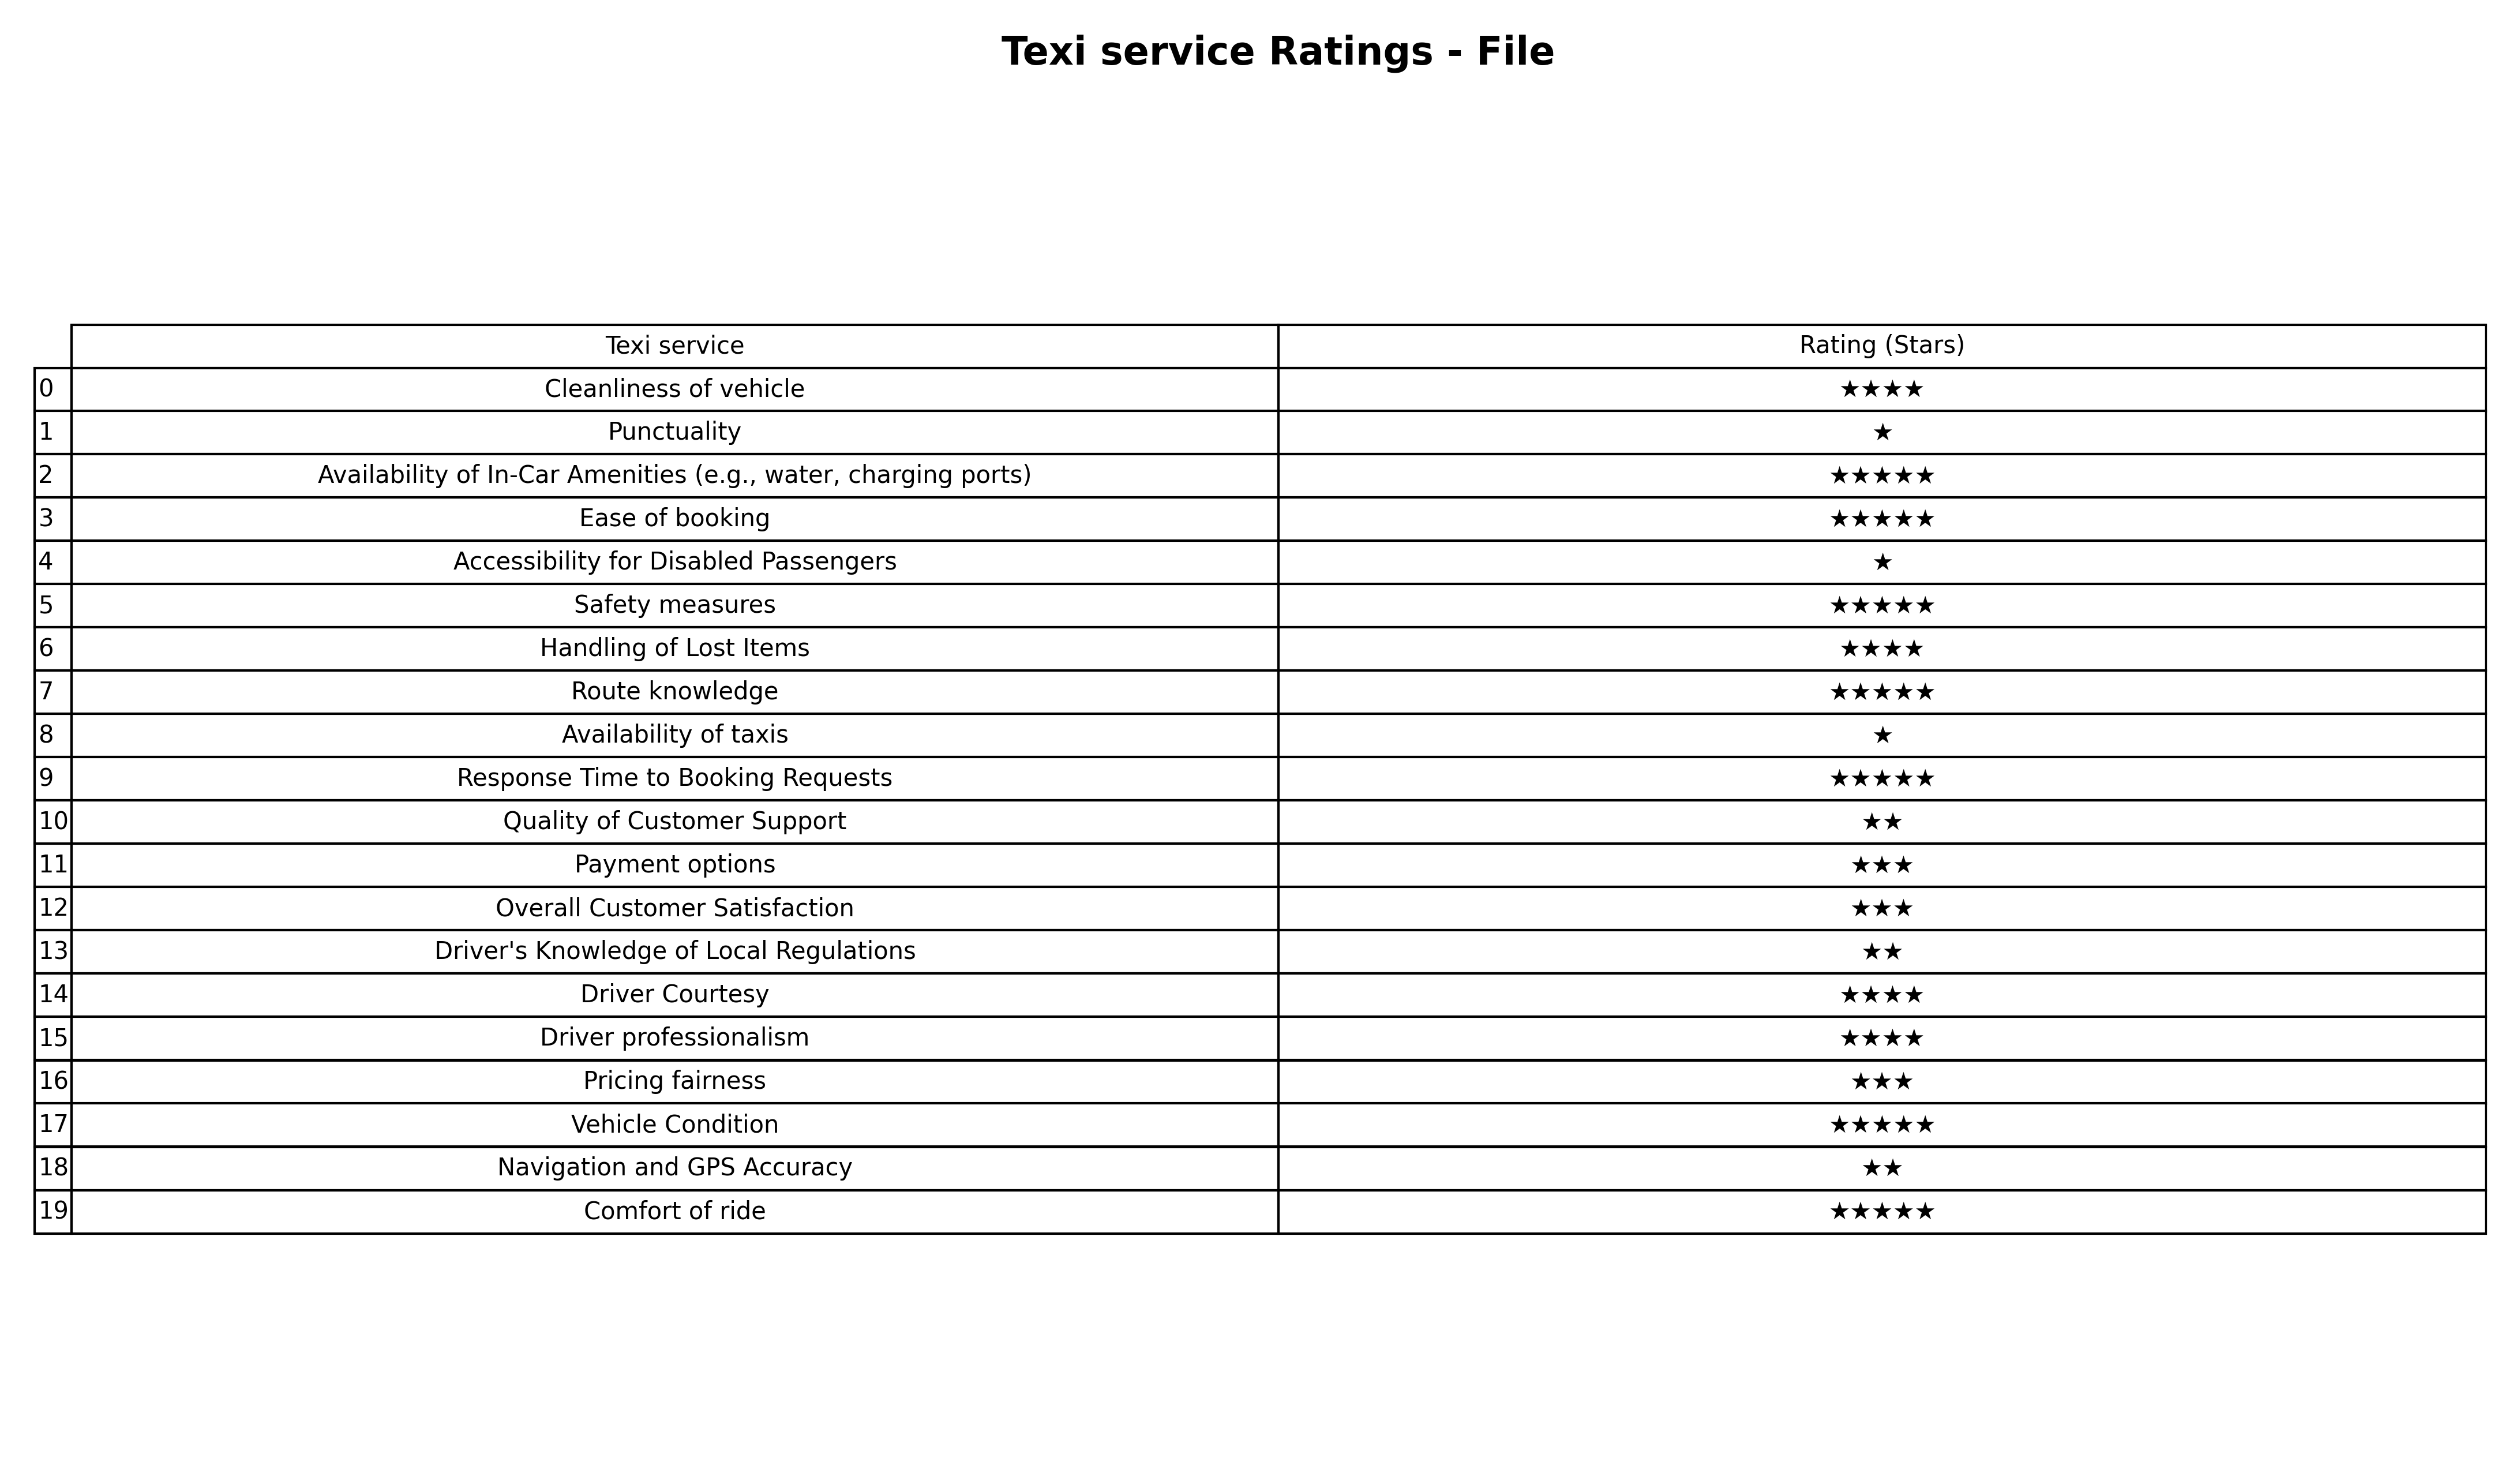
question: What is the rating of Driver professionalism?
answer: ★★★★